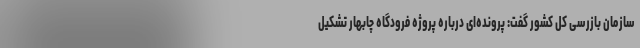
سازمان بازرسی کل کشور گفت: پرونده‌ای درباره پروژه فرودگاه چابهار تشکیل